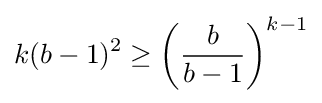
k(b-1)^{2}\geq {\left({\frac {b}{b-1}}\right)}^{k-1}